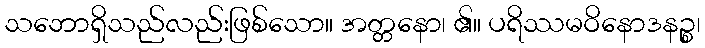
သဘောရှိသည်လည်းဖြစ်သော။ အတ္တနော၊ ၏။ ပရိဿမဝိနောဒနဉ္စ၊